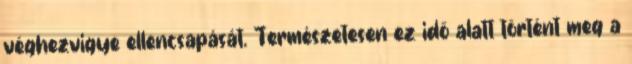
véghezvigye ellencsapását. Természetesen ez idő alatt történt meg a